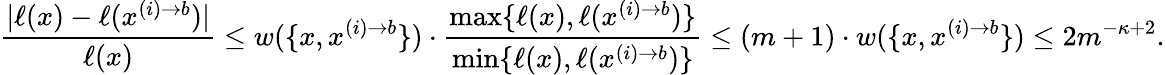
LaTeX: \frac{|\ell(x)-\ell(x^{(i)\to b})|}{\ell(x)}\leq w(\{ x,x^{(i)\to b}\} )\cdot\frac{\operatorname*{max}\{ \ell(x),\ell(x^{(i)\to b})\} }{\operatorname*{min}\{ \ell(x),\ell(x^{(i)\to b})\} }\leq(m+1)\cdot w(\{ x,x^{(i)\to b}\} )\leq 2m^{-\kappa+2}.